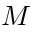
{ \cal M }